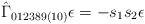
\begin{align*}\hat{\Gamma}_{012389(10)} \epsilon = -s_1s_2\epsilon\end{align*}